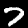
Label: 7